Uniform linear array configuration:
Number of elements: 8
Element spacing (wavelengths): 0.75
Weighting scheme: hamming
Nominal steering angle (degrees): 45
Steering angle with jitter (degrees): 44.631
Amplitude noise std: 0.05
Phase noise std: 0.05

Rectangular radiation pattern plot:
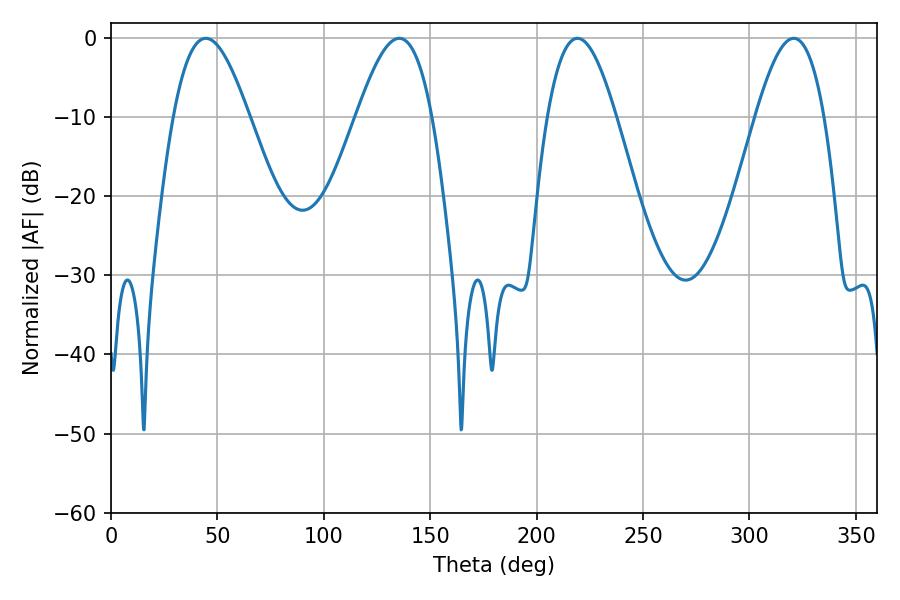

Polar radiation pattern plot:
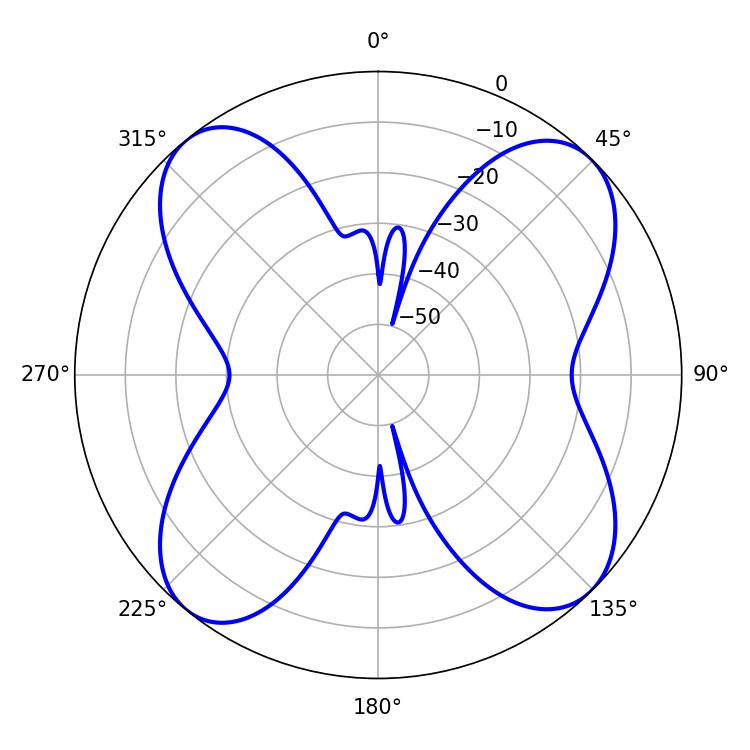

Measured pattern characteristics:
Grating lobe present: TRUE
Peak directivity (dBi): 13.091
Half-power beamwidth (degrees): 17.64
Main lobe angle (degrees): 219.24